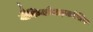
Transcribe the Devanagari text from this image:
बैंकियोमाइकोसिस